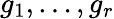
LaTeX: g_{1},\ldots,g_{r}